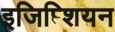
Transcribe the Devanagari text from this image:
इजिप्त्शियन